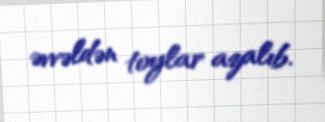
əvvəldən toylar azalıb.